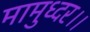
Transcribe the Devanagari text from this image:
मामुध्दर।।